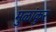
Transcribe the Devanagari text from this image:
मुळांकुर